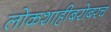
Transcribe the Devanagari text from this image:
लोकशाहीबरोबरच